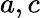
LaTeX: a,c